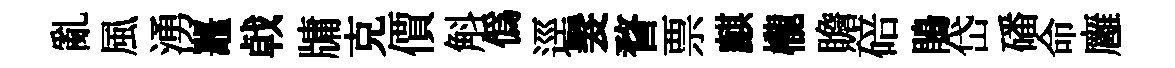
亂風湧鼉㦸牗克價斛僞逕髮瞀票麒櫳贍碚鵑岱磻命廱